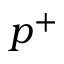
p ^ { + }